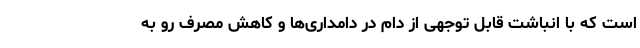
است که با انباشت قابل توجهی از دام در دامداری‌ها و کاهش مصرف رو به